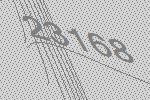
23168